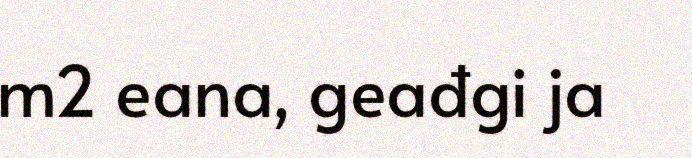
m2 eana, geađgi ja